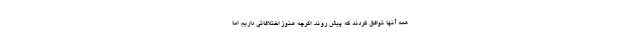
همه آنها توافق کردند که پیش روند. اگرچه هنوز اختلافاتی داریم، اما